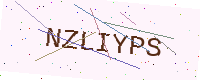
Text: NZLIYPS